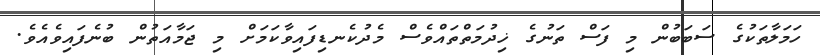
ހަމަލާތަކުގެ ސަބަބުން މި ފަސް ތަނުގެ ޚިދުމަތްތައްވެސް މެދުކެނޑިފައިވާކަމަށް މި ޖަމާއަތުން ބުނެފައިވެއެވެ.